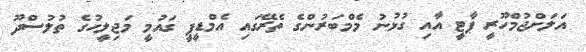
އަލަށްޖުމްހޫރީ ޕާޓީ އާއި ގުޅުނު މެމްބަރުންގެ ތެރޭގައި އެމްޑީޕީ ގައުމީ މަޖިލީހުގެ ތުލުސްދޫ